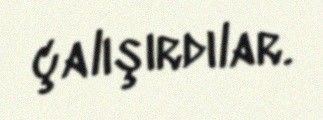
çalışırdılar.